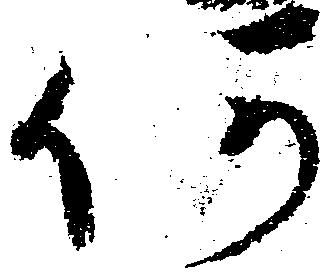
仍